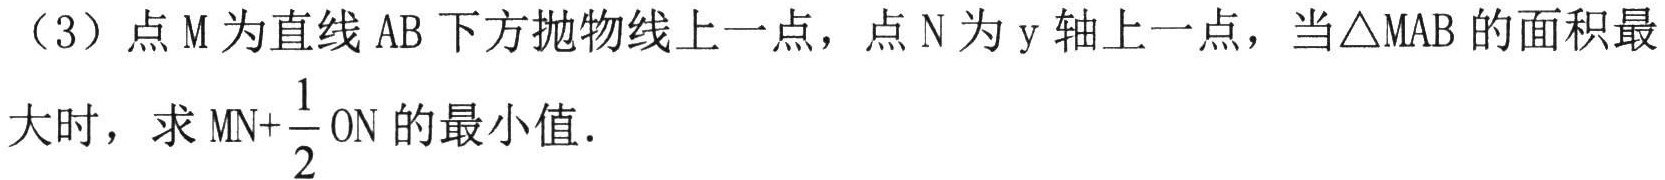
（3）点 \(M\) 为直线 \(AB\) 下方抛物线上一点，点 \(N\) 为 \(y\) 轴上一点，当\(\triangle MAB\) 的面积最大时，求 \(MN+\dfrac{1}{2}ON\) 的最小值．